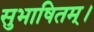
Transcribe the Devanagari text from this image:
सुभाषितम्।